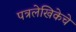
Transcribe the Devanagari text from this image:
पत्रलेखिकेचे